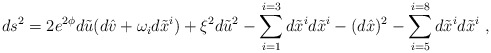
\begin{align*}ds^2 = 2 e^{2\phi} d\tilde u (d \hat v +\omega_i d\tilde x^i) + \xi^2 d\tilde u^2 -\sum_{i=1}^{i=3}d\tilde x^id \tilde x^i -(d\hat x)^2 -\sum_{i=5}^{i=8}d\tilde x^id \tilde x^i \ ,\end{align*}